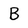
Character: B